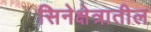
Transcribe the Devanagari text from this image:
सिनेक्षेत्रातील